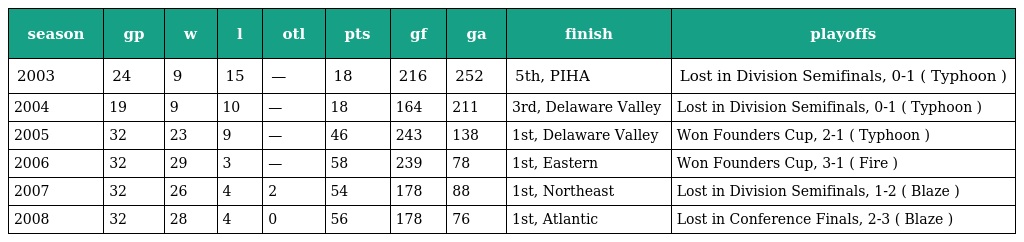
| season | gp | w | l | otl | pts | gf | ga | finish | playoffs |
 | --- | --- | --- | --- | --- | --- | --- | --- | --- | --- |
 | 2003 | 24 | 9 | 15 | — | 18 | 216 | 252 | 5th, PIHA | Lost in Division Semifinals, 0-1 ( Typhoon ) |
 | 2004 | 19 | 9 | 10 | — | 18 | 164 | 211 | 3rd, Delaware Valley | Lost in Division Semifinals, 0-1 ( Typhoon ) |
 | 2005 | 32 | 23 | 9 | — | 46 | 243 | 138 | 1st, Delaware Valley | Won Founders Cup, 2-1 ( Typhoon ) |
 | 2006 | 32 | 29 | 3 | — | 58 | 239 | 78 | 1st, Eastern | Won Founders Cup, 3-1 ( Fire ) |
 | 2007 | 32 | 26 | 4 | 2 | 54 | 178 | 88 | 1st, Northeast | Lost in Division Semifinals, 1-2 ( Blaze ) |
 | 2008 | 32 | 28 | 4 | 0 | 56 | 178 | 76 | 1st, Atlantic | Lost in Conference Finals, 2-3 ( Blaze ) |